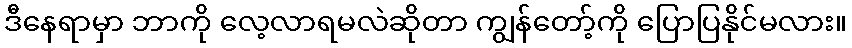
ဒီနေရာမှာ ဘာကို လေ့လာရမလဲဆိုတာ ကျွန်တော့်ကို ပြောပြနိုင်မလား။